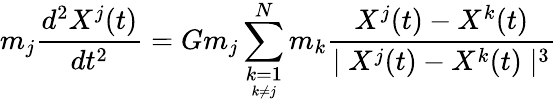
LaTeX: m_{j}\frac{d^{2}X^{j}(t)}{dt^{2}}=Gm_{j}\sum_{\underset{k\neq j}{k=1}}^{N}m_{k}\frac{X^{j}(t)-X^{k}(t)}{\mid X^{j}(t)-X^{k}(t)\mid^{3}}